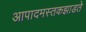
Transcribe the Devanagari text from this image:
आपादमस्तकझाडते